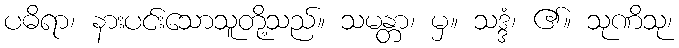
ပဓိရာ၊ နားပင်းသောသူတို့သည်။ သမန္တာ၊ မှ။ သဒ္ဒံ၊ ၏။ သုဏိသု၊